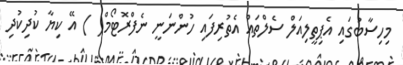
މިހިސާބުގައި އެޕިތީލިއަލް ސެލްތައް އެތުރިފައި ހުންނަނީ ނެފްރޮޓޯމް( ) އޭ ކިޔާ ކުދިކުދި